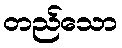
တည်သော